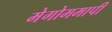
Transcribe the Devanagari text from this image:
मेगोममापी